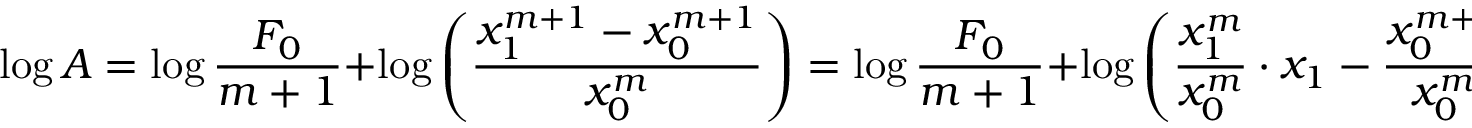
\log A = \log { \frac { F _ { 0 } } { m + 1 } } + \log \left( { \frac { x _ { 1 } ^ { m + 1 } - x _ { 0 } ^ { m + 1 } } { x _ { 0 } ^ { m } } } \right) = \log { \frac { F _ { 0 } } { m + 1 } } + \log \left( { \frac { x _ { 1 } ^ { m } } { x _ { 0 } ^ { m } } } \cdot x _ { 1 } - { \frac { x _ { 0 } ^ { m + 1 } } { x _ { 0 } ^ { m } } } \right)